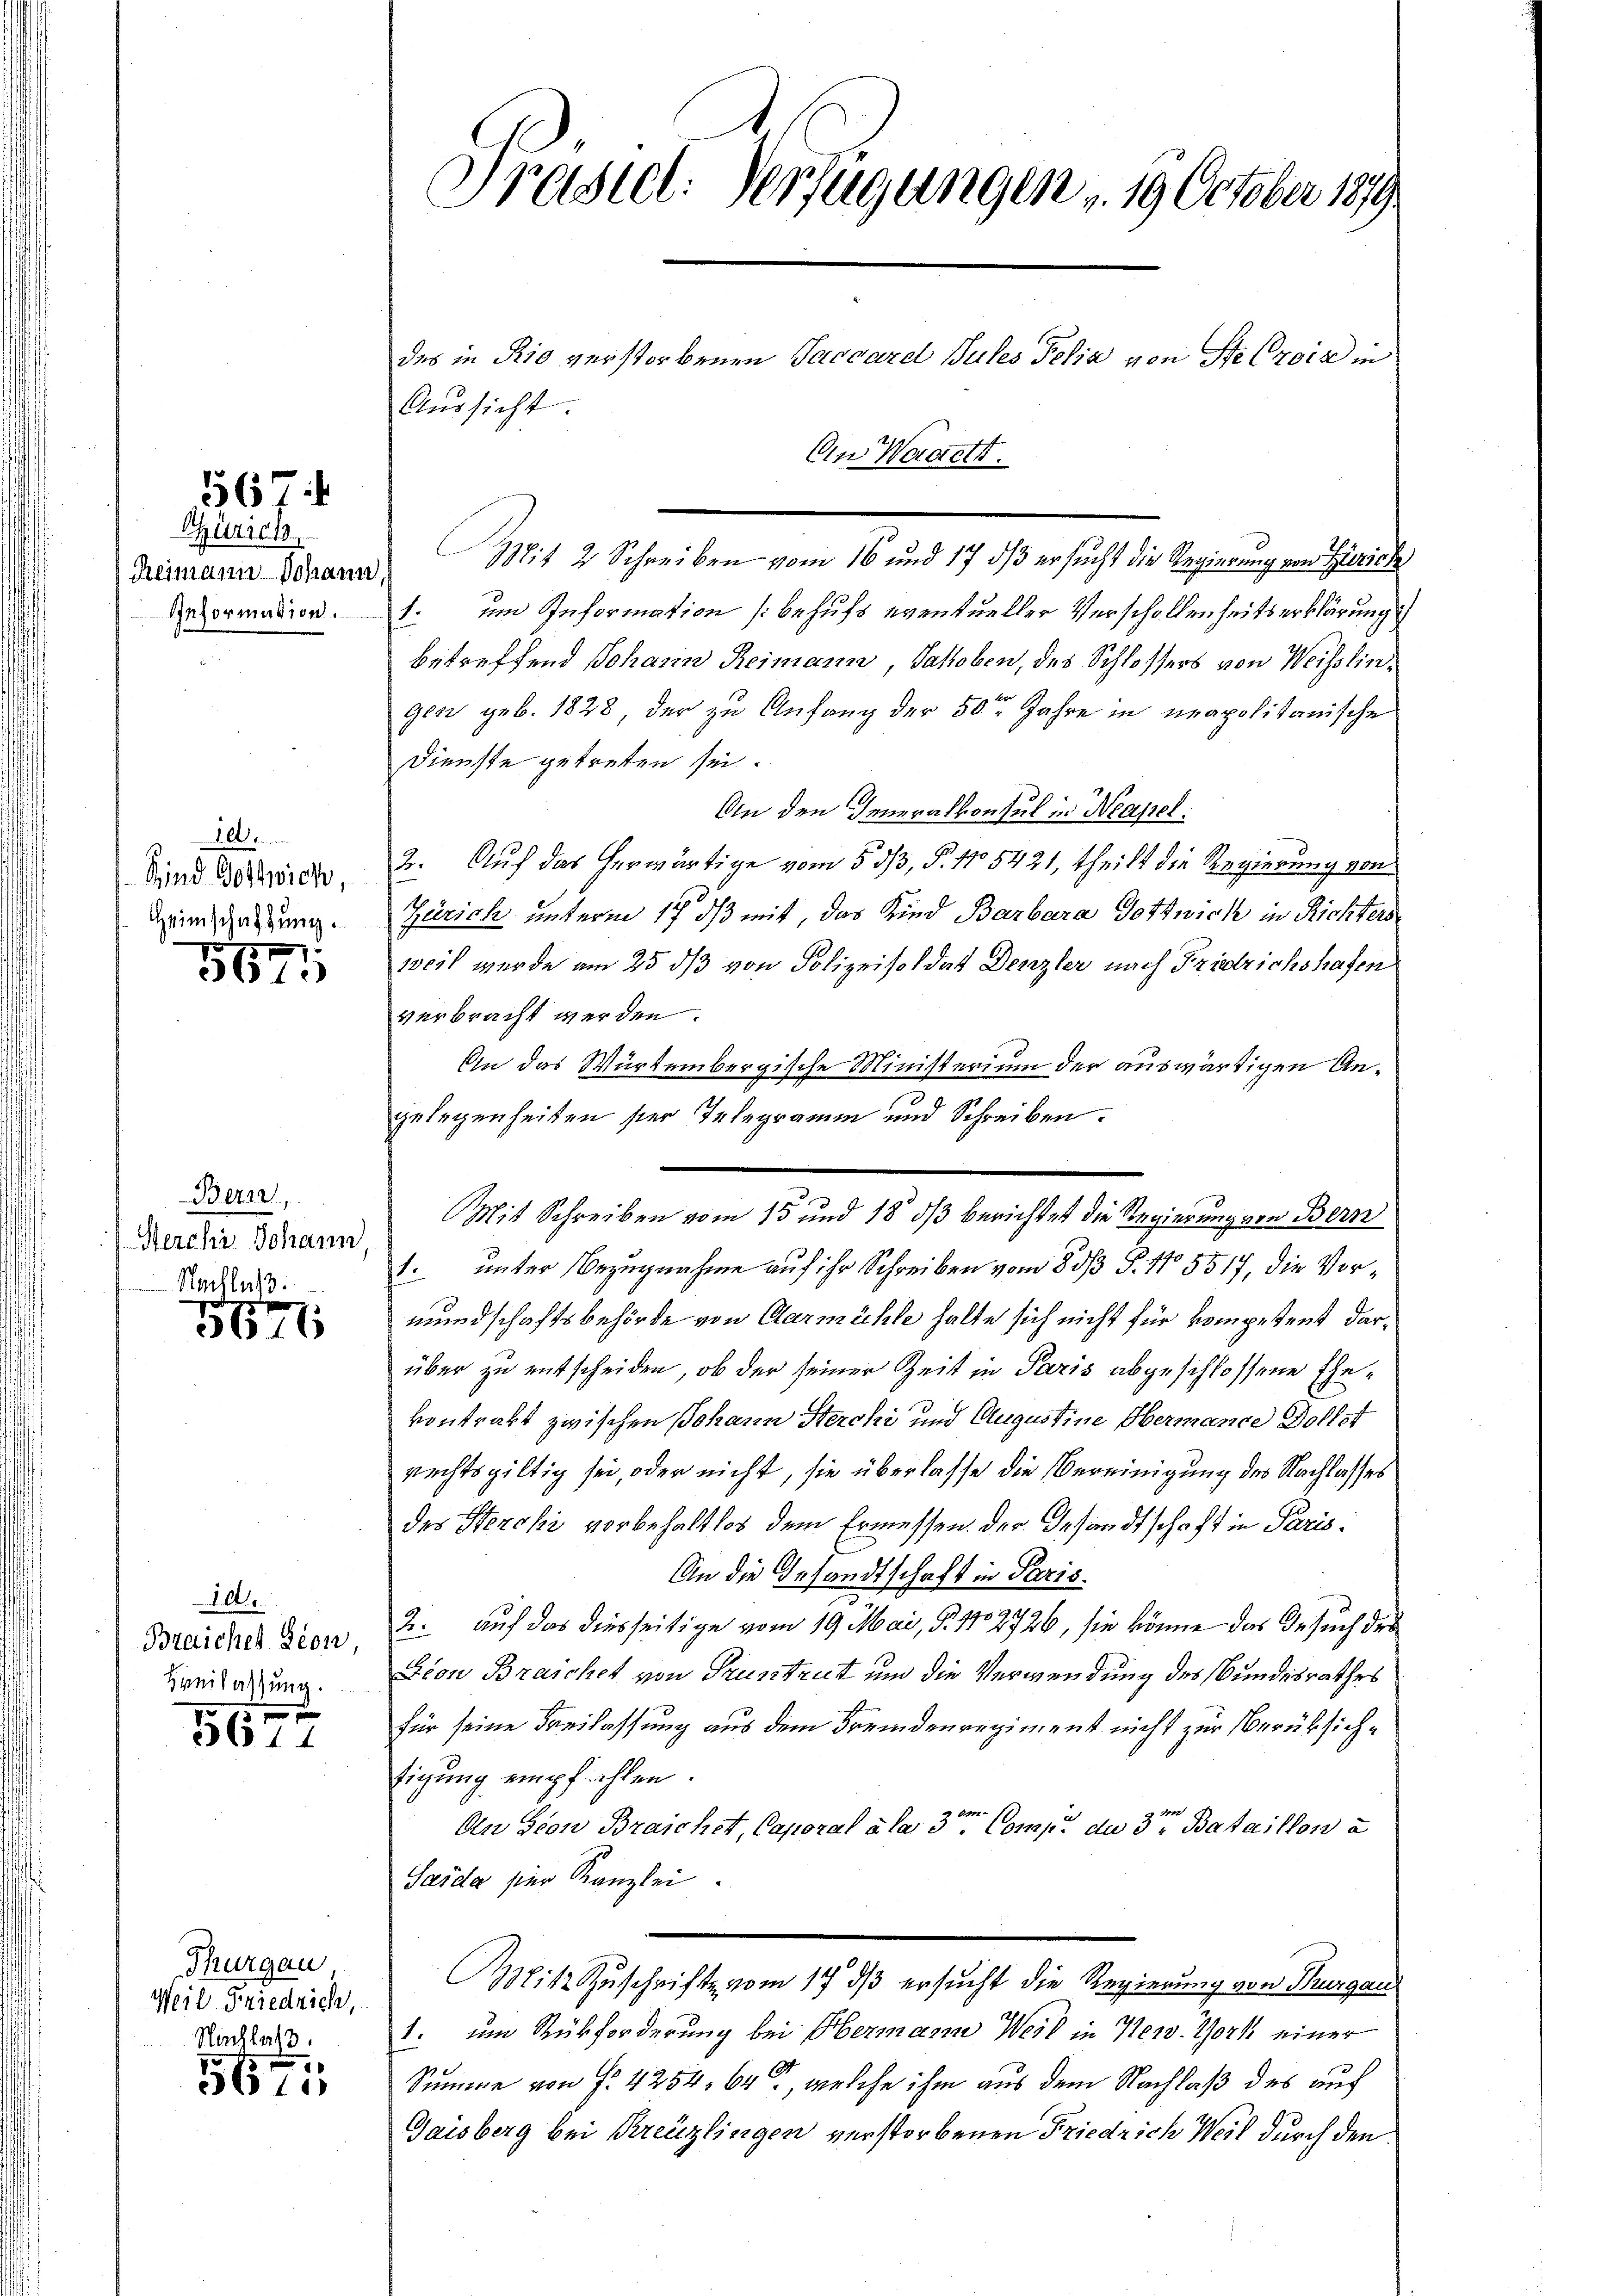
567.

Gürich
Reimann Johann
Ieformation.

A
Sind Gottwick
Heimschaftung.

5671

Bern,
Werchi Johann,
Nachlaß.

5671

10.
Braichen Seon,
Breilassung.

5677

Thurgau,
Weil Friedrich,
Nachlaß.

e
5615

Präsiel. Verfügungen . 19 October 1879
des in Rio verstorbenen Saccard Sules Felix von Ste Crois in
Aŭssicht.
Ein Waciett.

Mit 2 Schreiben vom 16 und 17 dß ersucht die Regierung von Zürich
1. um Information behufs eventueller Verschollenheitserklärungs
betreffend Johann Reimann, Sahoben, des Schlossers von Weisslingen geb. 1828 der zu Anfang der 50sten Jahre in neapolitanische
Dienste getreten sei.
An den Generalkonsul in Neapel:
2. Auf das herwärtige vom 5. dß, §. 115421, theilt die Regierung von
Zürich unterm 17. ds mit, das Kind Barbara Gott wich in Richters
weil wurde am 25. ds von Polizeisoldat Denzler nach Fridrichshafen
verbracht werden.
An das Würtembergische Ministerium der auswärtigen Angelegenheiten ster Telegramm und Schreiben.
1. unter Bezugnahme auf ihr Schreiben vom 8. ds P. No 5517, die Vormundschaftsbehörde von Carmühle halte sich nicht für kompetent darüber zu entscheiden, ob der seiner Zeit in Paris abgeschlossene Ehevontrakt zwischen Johann Sterchi und Augustine Obermande Dorfst
rechtsgültig sei, oder nicht, sie überlasse die Vereinigung des Nachlasses
des Hercki vorbehaltlos dem Ermessen der Gesandtschaft in Paris¬
An die Gesandtschaft in Paris.
2. auf das diesseitige vom 19. Mai, §. 1702726, sie könne das Gesuch der
Lion Branchet von Pruntrut und die Verwendung des Bundesrathes
für seine Freilassung aus dem Fremdenregiment nicht zur Berüksichsigung empfahlen.
71
An von Braicher, Caporal a las 3. Comp. der 3ten Bataillon a
Sasca per Kanzlei.
Mit Zuschrift vom 17. ds ersucht die Regierung von Thurgau
1. um Rückforderung bei Obermann Weil in New York einer
Summe von f. 4254, 64, welche ihm aus dem Nachlaß des auf
Gaisberg bei Kreuzlingen verstorbenen Friedrich Weil durch den

s
Mit Schreiben vom 15 und 18 ds berichtet die Regierung von Bern